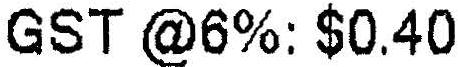
GST @6%: $0.40